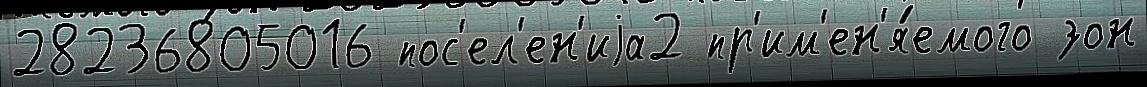
28236805016 пос'ел'ен'иjа2 пр'им'ен'я́емого зон